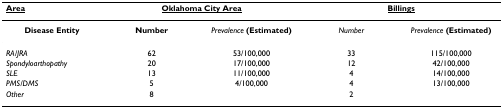
<table><thead><tr><td><b><underline>Area</underline></b></td><td colspan="2"><b><underline>Oklahoma City Area</underline></b></td><td colspan="2"><b><underline>Billings</underline></b></td></tr></thead><tbody><tr><td><b>Disease Entity</b></td><td><b>Number</b></td><td><i>Prevalence </i><b>(Estimated)</b></td><td><i>Number</i></td><td><i>Prevalence </i><b>(Estimated)</b></td></tr><tr><td><i>RA/JRA</i></td><td>62</td><td>53/100,000</td><td>33</td><td>115/100,000</td></tr><tr><td><i>Spondyloarthopathy</i></td><td>20</td><td>17/100,000</td><td>12</td><td>42/100,000</td></tr><tr><td><i>SLE</i></td><td>13</td><td>11/100,000</td><td>4</td><td>14/100,000</td></tr><tr><td><i>PMS/DMS</i></td><td>5</td><td>4/100,000</td><td>4</td><td>13/100,000</td></tr><tr><td><i>Other</i></td><td>8</td><td></td><td>2</td><td></td></tr></tbody></table>